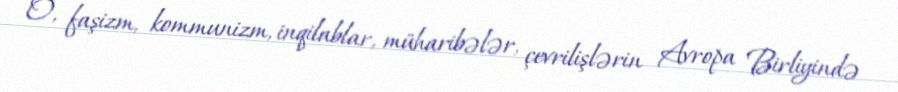
O, faşizm, kommunizm, inqilablar, müharibələr, çevrilişlərin Avropa Birliyində